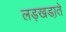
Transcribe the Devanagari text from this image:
लड़खडा़ते